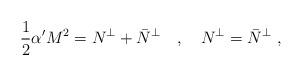
LaTeX: \begin{align*}\frac{1}{2}\alpha' M^2=N^\perp+\bar{N}^\perp\ \ \ ,\ \ \ N^\perp=\bar{N}^\perp\ ,\end{align*}